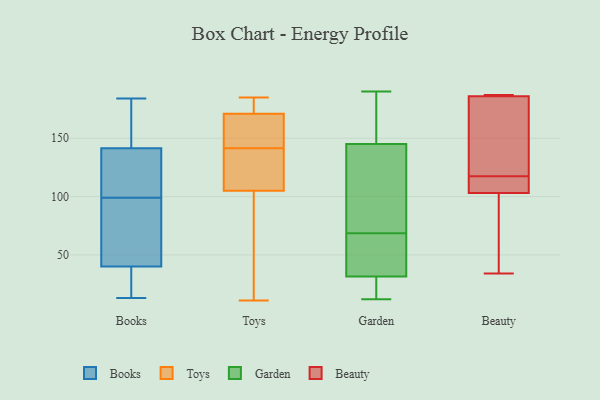
{"axis": {"x": "Latency (ms)", "y": "Value"}, "legend": ["Beauty", "Books", "Garden", "Toys"], "data": [{"x": "", "y": 102, "type": "Books"}, {"x": "", "y": 98, "type": "Books"}, {"x": "", "y": 165, "type": "Books"}, {"x": "", "y": 184, "type": "Books"}, {"x": "", "y": 155, "type": "Books"}, {"x": "", "y": 27, "type": "Books"}, {"x": "", "y": 19, "type": "Books"}, {"x": "", "y": 46, "type": "Books"}, {"x": "", "y": 100, "type": "Books"}, {"x": "", "y": 147, "type": "Books"}, {"x": "", "y": 103, "type": "Books"}, {"x": "", "y": 13, "type": "Books"}, {"x": "", "y": 38, "type": "Books"}, {"x": "", "y": 42, "type": "Books"}, {"x": "", "y": 52, "type": "Books"}, {"x": "", "y": 136, "type": "Books"}, {"x": "", "y": 184, "type": "Toys"}, {"x": "", "y": 139, "type": "Toys"}, {"x": "", "y": 178, "type": "Toys"}, {"x": "", "y": 131, "type": "Toys"}, {"x": "", "y": 55, "type": "Toys"}, {"x": "", "y": 124, "type": "Toys"}, {"x": "", "y": 52, "type": "Toys"}, {"x": "", "y": 171, "type": "Toys"}, {"x": "", "y": 94, "type": "Toys"}, {"x": "", "y": 185, "type": "Toys"}, {"x": "", "y": 163, "type": "Toys"}, {"x": "", "y": 150, "type": "Toys"}, {"x": "", "y": 130, "type": "Toys"}, {"x": "", "y": 11, "type": "Toys"}, {"x": "", "y": 105, "type": "Toys"}, {"x": "", "y": 170, "type": "Toys"}, {"x": "", "y": 185, "type": "Toys"}, {"x": "", "y": 144, "type": "Toys"}, {"x": "", "y": 162, "type": "Garden"}, {"x": "", "y": 34, "type": "Garden"}, {"x": "", "y": 28, "type": "Garden"}, {"x": "", "y": 43, "type": "Garden"}, {"x": "", "y": 117, "type": "Garden"}, {"x": "", "y": 159, "type": "Garden"}, {"x": "", "y": 31, "type": "Garden"}, {"x": "", "y": 139, "type": "Garden"}, {"x": "", "y": 23, "type": "Garden"}, {"x": "", "y": 145, "type": "Garden"}, {"x": "", "y": 16, "type": "Garden"}, {"x": "", "y": 32, "type": "Garden"}, {"x": "", "y": 145, "type": "Garden"}, {"x": "", "y": 94, "type": "Garden"}, {"x": "", "y": 12, "type": "Garden"}, {"x": "", "y": 171, "type": "Garden"}, {"x": "", "y": 40, "type": "Garden"}, {"x": "", "y": 102, "type": "Garden"}, {"x": "", "y": 40, "type": "Garden"}, {"x": "", "y": 190, "type": "Garden"}, {"x": "", "y": 52, "type": "Beauty"}, {"x": "", "y": 186, "type": "Beauty"}, {"x": "", "y": 186, "type": "Beauty"}, {"x": "", "y": 103, "type": "Beauty"}, {"x": "", "y": 118, "type": "Beauty"}, {"x": "", "y": 34, "type": "Beauty"}, {"x": "", "y": 112, "type": "Beauty"}, {"x": "", "y": 120, "type": "Beauty"}, {"x": "", "y": 187, "type": "Beauty"}, {"x": "", "y": 117, "type": "Beauty"}]}